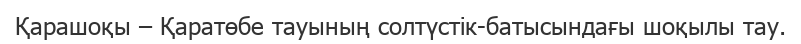
Қарашоқы – Қаратөбе тауының солтүстік-батысындағы шоқылы тау.